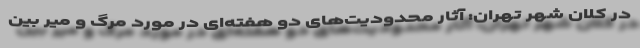
در کلان شهر تهران: آثار محدودیت‌های دو هفته‌ای در مورد مرگ و میر بین